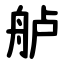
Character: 舻